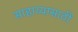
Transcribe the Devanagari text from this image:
साहाय्यासाठीं